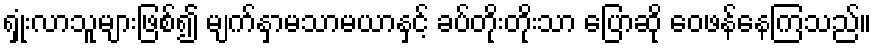
ရှုံးလာသူများဖြစ်၍ မျက်နှာမသာမယာနှင့် ခပ်တိုးတိုးသာ ပြောဆို ဝေဖန်နေကြသည်။